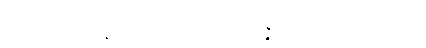
ရုတဂတာဒိဝသေန သကုဏဉာဏံ။ ဝါယသဝိဇ္ဇာတိ ကာကရုတဉာဏံ, တံ